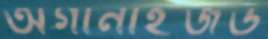
অর্গানাইজড